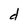
Character: d